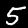
Label: 5